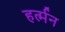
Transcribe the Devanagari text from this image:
हर्त्मन